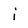
Character: i